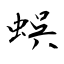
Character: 蜈